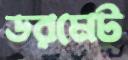
ডরমেট